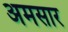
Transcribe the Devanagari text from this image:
अमसार